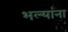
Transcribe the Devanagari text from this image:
भल्यांना